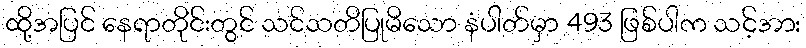
ထို့အပြင် နေရာတိုင်းတွင် သင်သတိပြုမိသော နံပါတ်မှာ 493 ဖြစ်ပါက သင့်အား